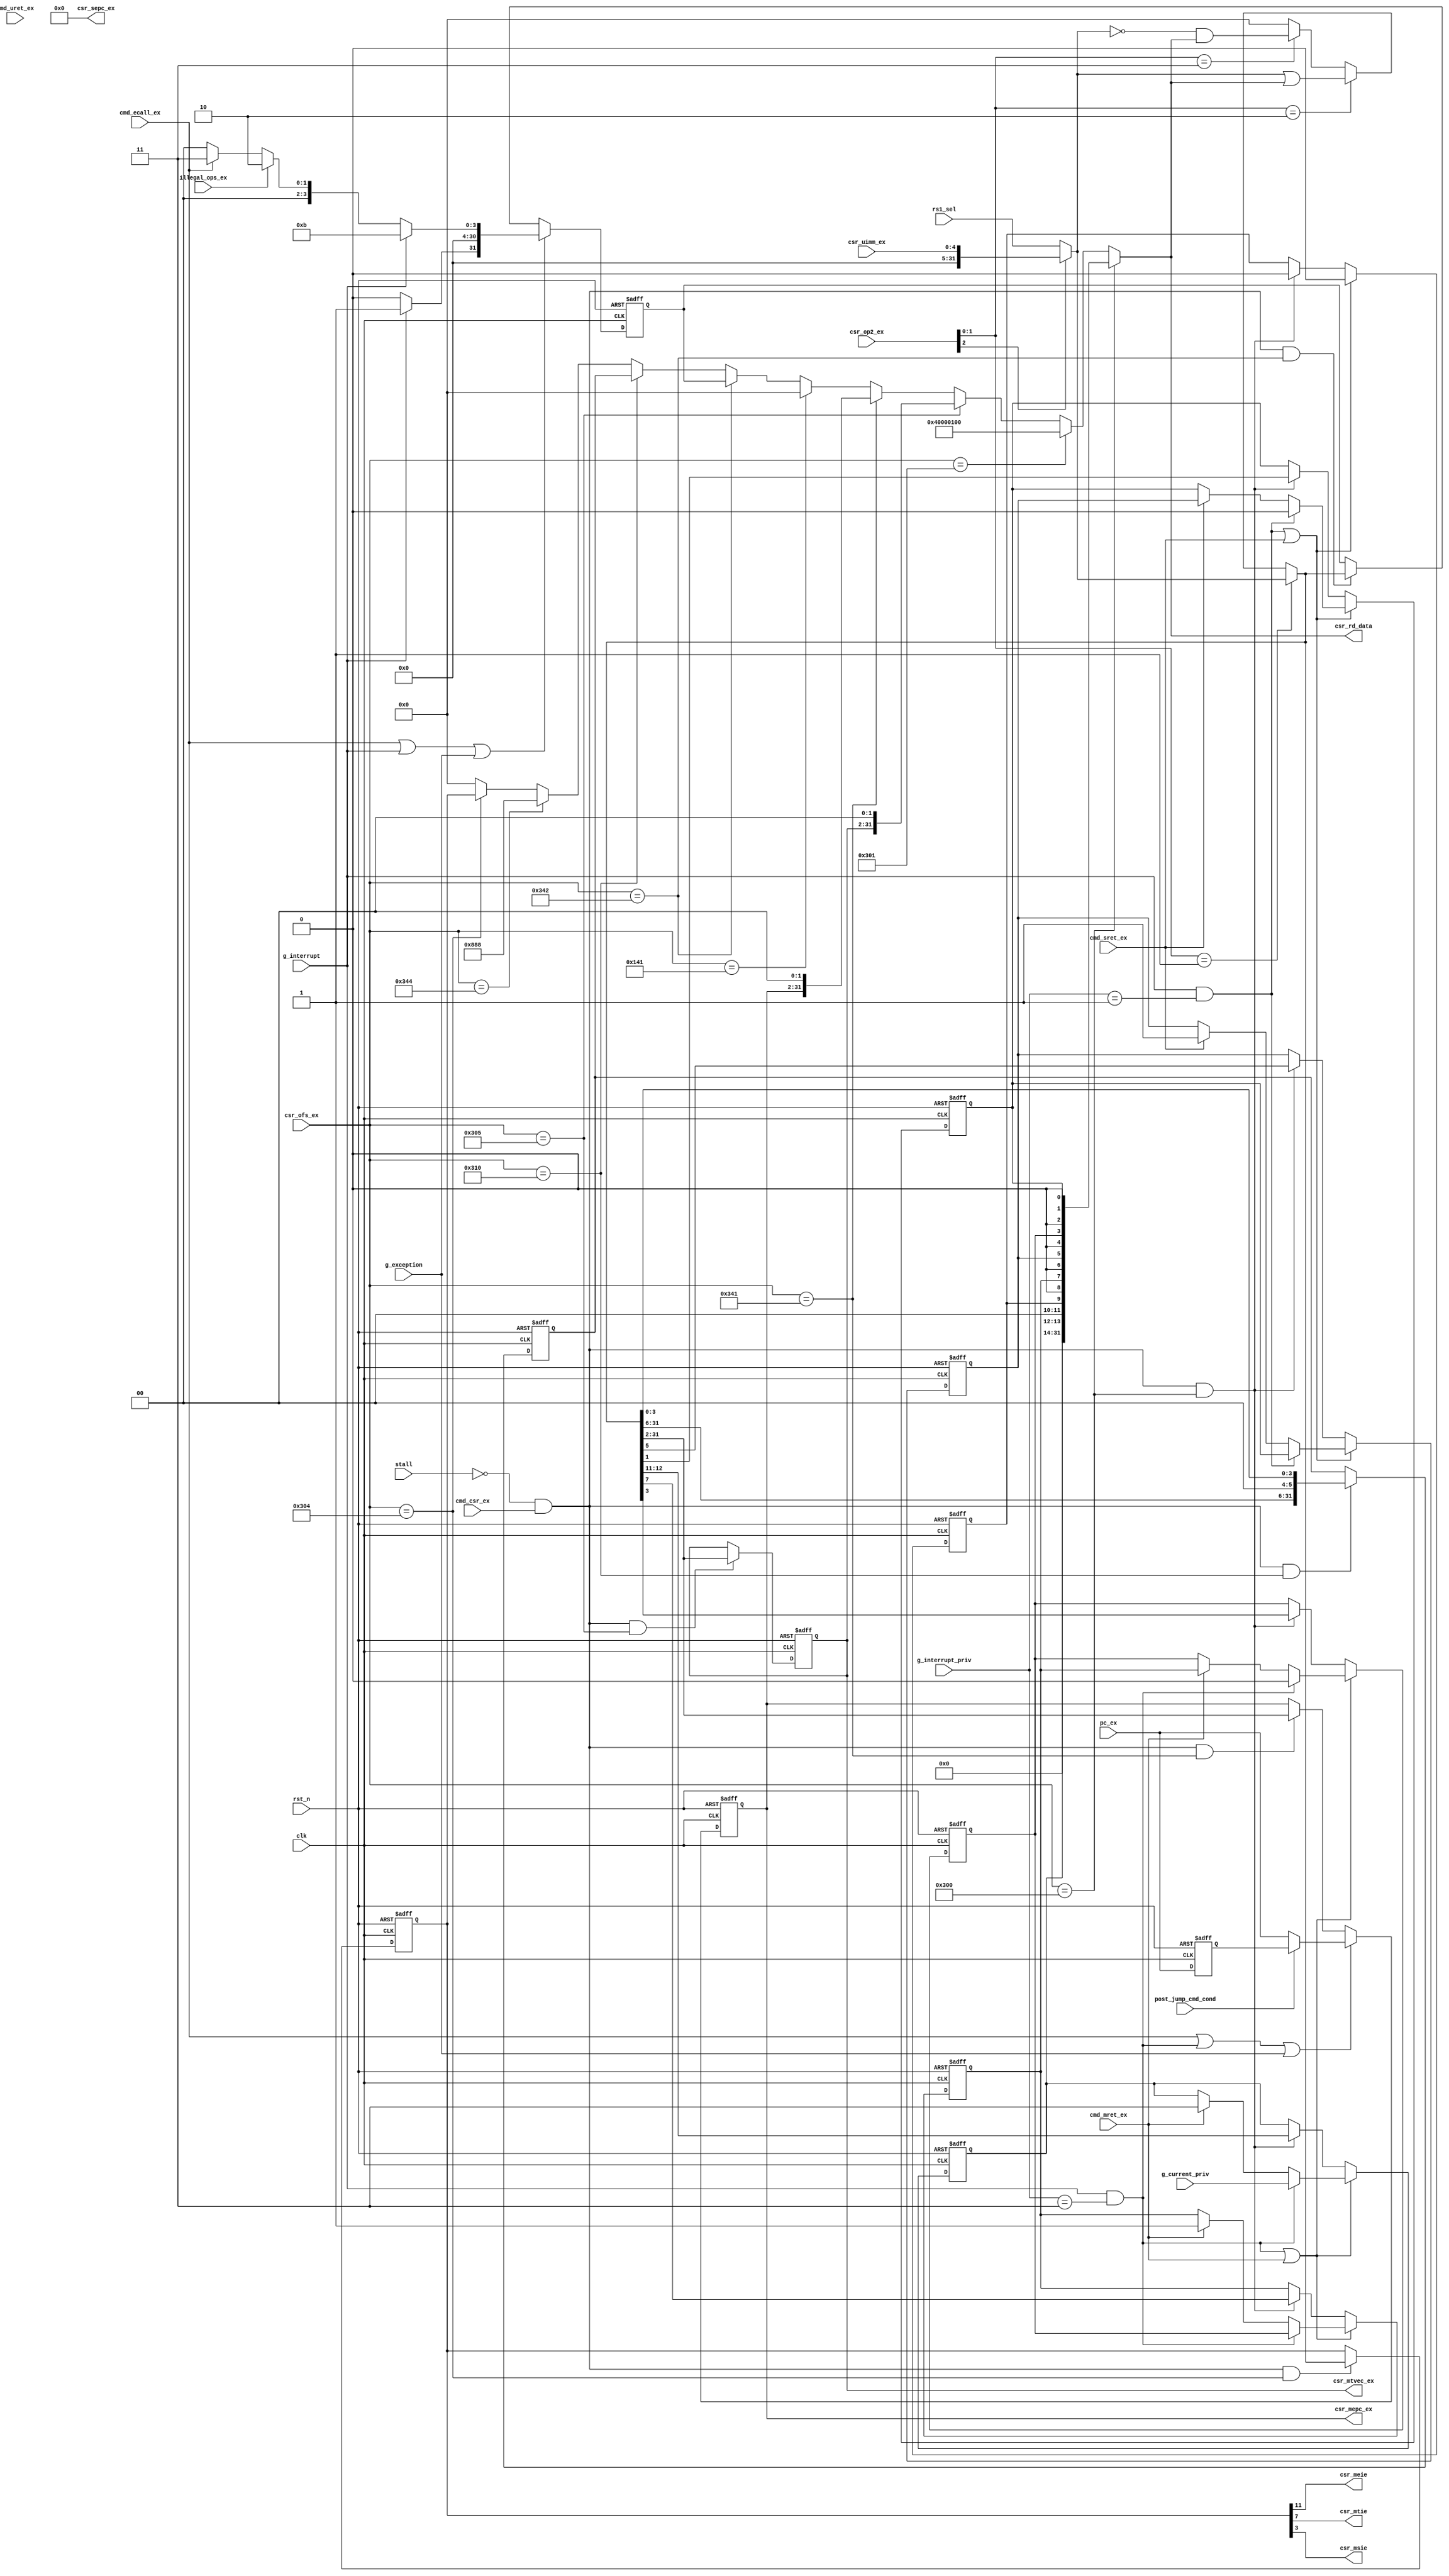
/*
 * My RISC-V RV32I CPU
 *   Control and Status Register Module
 *    Verilog code
 * @auther		Yoshiki Kurokawa <yoshiki.k963@gmail.com>
 * @copylight	2021 Yoshiki Kurokawa
 * @license		https://opensource.org/licenses/MIT     MIT license
 * @version		0.1
 */

module csr_array(
	input clk,
	input rst_n,

	// from ID
    input cmd_csr_ex,
    input [11:0] csr_ofs_ex,
	input [4:0] csr_uimm_ex,
	input [2:0] csr_op2_ex,
	input [31:0] rs1_sel,
	output [31:0] csr_rd_data,
	output [31:2] csr_mtvec_ex,
	input g_interrupt,
	input post_jump_cmd_cond,
	input illegal_ops_ex,
	input g_exception,
	input [1:0] g_interrupt_priv,
	input [1:0] g_current_priv,
	output [31:2] csr_mepc_ex,
	output [31:2] csr_sepc_ex,
	input cmd_mret_ex,
	input cmd_sret_ex,
	input cmd_uret_ex,
	output csr_meie,
	output csr_mtie,
	output csr_msie,
    input cmd_ecall_ex,
	input [31:2] pc_ex,
	input stall
	);

// csr address definition

`define CSR_MSTATUS_ADR 12'h300
`define CSR_MISA_ADR 12'h301
`define CSR_MTVEC_ADR 12'h305
`define CSR_MEPC_ADR 12'h341
`define CSR_MCAUSE_ADR 12'h342
`define CSR_MSTATUSH_ADR 12'h310
`define CSR_SEPC_ADR 12'h141
`define CSR_MIE_ADR 12'h304
`define CSR_MIP_ADR 12'h344

`define M_MODE 2'b11
`define S_MODE 2'b01
`define U_MODE 2'b00

// MISA resigister value
// MXL[31:30] : 01 : 32bit
// Extentions[25:0] : only I
`define CSR_MISA_DATA 32'h4000_0100

// op2 decode
wire immidiate = csr_op2_ex[2];
wire cmd_rw = (csr_op2_ex[1:0] == 2'b01);
wire cmd_rs = (csr_op2_ex[1:0] == 2'b10);
wire cmd_rc = (csr_op2_ex[1:0] == 2'b11);

// address decode

wire adr_mstatus = (csr_ofs_ex == `CSR_MSTATUS_ADR);
wire adr_misa = (csr_ofs_ex == `CSR_MISA_ADR);
wire adr_mtvec = (csr_ofs_ex == `CSR_MTVEC_ADR);
wire adr_mepc = (csr_ofs_ex == `CSR_MEPC_ADR);
wire adr_sepc = (csr_ofs_ex == `CSR_SEPC_ADR);
wire adr_mcause = (csr_ofs_ex == `CSR_MCAUSE_ADR);
wire adr_mstatush = (csr_ofs_ex == `CSR_MSTATUSH_ADR);
wire adr_mip = (csr_ofs_ex == `CSR_MIP_ADR);
wire adr_mie = (csr_ofs_ex == `CSR_MIE_ADR);

// read data selector
wire [31:0] csr_mstatus;
reg [31:0] csr_mstatush;
wire [31:0] csr_misa = `CSR_MISA_DATA;
reg [31:2] csr_mtvec;
reg [31:2] csr_mepc;
reg [31:0] csr_mcause;
//wire [31:2] csr_sepc_i = 30'd0;
assign csr_sepc_ex = 30'd0;
wire [31:0] csr_mip = 32'h0000_0888;
reg [31:0] csr_mie;

wire [31:0] csr_rsel = adr_mstatus ? csr_mstatus :
                       adr_misa ? csr_misa :
                       adr_mtvec ? { csr_mtvec, 2'b00 } :
                       adr_mepc ? { csr_mepc, 2'b00 } :
                       adr_sepc ? csr_sepc_ex :
                       adr_mcause ? csr_mcause :
                       adr_mstatush ? csr_mstatush :
                       adr_mip ? csr_mip :
                       adr_mie ? csr_mie :
                       32'd0;

assign csr_rd_data = csr_rsel;

// wirte data selector 
wire [31:0] wdata_rw = immidiate ? { 27'd0, csr_uimm_ex } : rs1_sel;
wire [31:0] wdata_rs = wdata_rw | csr_rsel ;
wire [31:0] wdata_rc = (~wdata_rw) & csr_rsel ;
wire [31:0] wdata_all = cmd_rw ? wdata_rw :
                        cmd_rs ? wdata_rs :
						cmd_rc ? wdata_rc : 32'd0;

// csr registers
// mstatus
wire mstatus_wr =(~stall)&(cmd_csr_ex)&(adr_mstatus);

reg csr_rmie;
reg csr_sie;
reg csr_mpie;
reg csr_spie;
reg [1:0] csr_mpp;
reg csr_spp;

// MIE[3] : Machine mode Global Interrupt enable
wire m_interrupt = g_interrupt & (g_interrupt_priv == `M_MODE);
wire rmie_wr = m_interrupt | cmd_mret_ex;
wire rmie_value = m_interrupt ? 1'b0 :
                 cmd_mret_ex ? csr_mpie : csr_rmie;

always @ ( posedge clk or negedge rst_n) begin 
	if (~rst_n) begin
		csr_rmie <= 1'b0;
	end
	else if (rmie_wr) begin
		csr_rmie <= rmie_value;
	end
	else if (mstatus_wr) begin
		csr_rmie <= wdata_all[3];
	end
end

// MPIE[7] : Machine mode Previouse Interrupt Enable
wire mpie_wr = m_interrupt | cmd_mret_ex;
wire mpie_value = m_interrupt ? csr_rmie :
                  cmd_mret_ex ? 1'b1 : csr_mpie;

always @ ( posedge clk or negedge rst_n) begin 
	if (~rst_n) begin
		csr_mpie <= 1'b0;
	end
	else if (mpie_wr) begin
		csr_mpie <= mpie_value;
	end
	else if (mstatus_wr) begin
		csr_mpie <= wdata_all[7];
	end
end

// MPP[12:11] : Machine mode Previouse Privilege
wire mpp_wr = m_interrupt | cmd_mret_ex;
wire [1:0] mpp_value = m_interrupt ? g_current_priv :
                       cmd_mret_ex ? `M_MODE : // currently only M_MODE support
                       csr_mpp;

always @ ( posedge clk or negedge rst_n) begin 
	if (~rst_n) begin
		csr_mpp <= 2'b00;
	end
	else if (mpp_wr) begin
		csr_mpp <= mpp_value;
	end
	else if (mstatus_wr) begin
		csr_mpp <= wdata_all[12:11];
	end
end

// SIE[1] : Supervisor mode Global Interrupt enable : currently not used
wire s_interrupt = g_interrupt & (g_interrupt_priv == `S_MODE);
wire sie_wr = s_interrupt | cmd_sret_ex;
wire sie_value = s_interrupt ? 1'b0 :
                 cmd_sret_ex ? csr_spie : csr_sie;

always @ ( posedge clk or negedge rst_n) begin 
	if (~rst_n) begin
		csr_sie <= 1'b0;
	end
	else if (sie_wr) begin
		csr_sie <= sie_value;
	end
	else if (mstatus_wr) begin
		csr_sie <= wdata_all[1];
	end
end

// SPIE[5] : Supervisor mode Previouse Interrupt Enable
wire spie_wr = s_interrupt | cmd_sret_ex;
wire spie_value = s_interrupt ? csr_sie :
                  cmd_sret_ex ? 1'b1 : csr_spie;

always @ ( posedge clk or negedge rst_n) begin 
	if (~rst_n) begin
		csr_spie <= 1'b0;
	end
	else if (spie_wr) begin
		csr_spie <= spie_value;
	end
	else if (mstatus_wr) begin
		csr_spie <= wdata_all[5];
	end
end


// SPP[8] : Supervisor mode Previouse Privilege
// cueerntly fixed 0 because it dows not support S-mode
wire spp_wr = s_interrupt | cmd_sret_ex;
wire spp_value = s_interrupt ? g_current_priv :
                 cmd_sret_ex ? `U_MODE : // need to check when use the value
                 csr_spp;

always @ ( posedge clk or negedge rst_n) begin 
	if (~rst_n) begin
		csr_spp <= 1'b0;
	end
	else if (spp_wr) begin
		//csr_spp <= spp_value;
		csr_spp <= 1'b0;
	end
	else if (mstatus_wr) begin
		//csr_spp <= wdata_all[8];
		csr_spp <= 1'b0;
	end
end

assign csr_mstatus = { 18'd0, csr_mpp, 2'b00, csr_spp, 1'b0, csr_mpie,
                       1'b0, csr_spie, 1'b0, csr_rmie, 1'b0, csr_sie, 1'b0 } ;
// MPRV, MXR : is not implemented becase no U-MODE now
// SUM : is not implemented becase no S-MODE and virturalzation now
// FS,VS,XS, SD is not implemented because none of extentions are implemented
// TVM is not implemented because no virtualization implemented
// TW  is not implemented because ecurrently WFI instruction is not implemented
// TSR is not implemented because S-mode is not implemented.

// MISA : currently implimented as read-only

// mtvec
always @ ( posedge clk or negedge rst_n) begin   
	if (~rst_n) begin
		csr_mtvec <= 30'd0;
	end
	else if ((~stall)&(cmd_csr_ex)&(adr_mtvec)) begin
		csr_mtvec <= wdata_all[31:2];
	end
end

assign csr_mtvec_ex = csr_mtvec[31:2];

// mepc
// capture PC when ecall occured
wire [31:2] sel_pc_ex;

always @ ( posedge clk or negedge rst_n) begin   
	if (~rst_n) begin
		csr_mepc <= 30'd0;
	end
	else if (cmd_ecall_ex | m_interrupt | g_exception) begin
		csr_mepc <= sel_pc_ex;
	end
	else if ((~stall)&(cmd_csr_ex)&(adr_mepc)) begin
		csr_mepc <= wdata_all[31:2];
	end
end

assign csr_mepc_ex = csr_mepc[31:2];

// mcause
// conditions
wire interrupt_bit = g_interrupt ? 1'b1 : 1'b0;
// just impliment Machine mode Ecall and inteeupt
wire [30:0] mcause_code = g_interrupt ? 31'd11 :
						  illegal_ops_ex ? 31'd2 :
                          cmd_ecall_ex ?  31'd3 : 31'd0;
wire mcause_write = cmd_ecall_ex | g_interrupt | g_exception;

always @ ( posedge clk or negedge rst_n) begin   
	if (~rst_n) begin
		csr_mcause <= 32'd0;
	end
	else if (mcause_write) begin
		csr_mcause <= { interrupt_bit, mcause_code };
	end
	else if ((~stall)&(cmd_csr_ex)&(adr_mcause)) begin
		csr_mcause <= wdata_all;
	end
end

// mstatush
// [5] MBE machine level big endian -> little endian: fixed 0
// [4] SBE superviser level big endian -> little endian: fixed 0
always @ ( posedge clk or negedge rst_n) begin   
	if (~rst_n) begin
		csr_mstatush <= 32'd0;
	end
	else if ((~stall)&(cmd_csr_ex)&(adr_mstatush)) begin
		csr_mstatush <= { wdata_all[31:6], 2'b00, wdata_all[3:0] };
	end
end

// currently unuesd the privileges

// medelg, mideleg  is not need when the CPU dows not support S-MODE

// mip resister : currently read only register because of only M-mode is supported
// MEIP,MTIP,MSIP is set to 1 others are set to 0

// mie register
always @ ( posedge clk or negedge rst_n) begin   
	if (~rst_n) begin
		csr_mie <= 32'd0;
	end
	else if ((~stall)&(cmd_csr_ex)&(adr_mie)) begin
		csr_mie <= wdata_all;
	end
end

assign csr_meie = csr_mie[11];
assign csr_mtie = csr_mie[7];
assign csr_msie = csr_mie[3];


// pc control for mepc
reg [31:2] post_pc_ex;

always @ ( posedge clk or negedge rst_n) begin   
	if (~rst_n) begin
		post_pc_ex <= 30'd0;
	end
	else 
		post_pc_ex <= pc_ex;
end

assign sel_pc_ex = post_jump_cmd_cond ? post_pc_ex : pc_ex;

endmodule